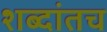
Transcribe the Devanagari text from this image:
शब्दांतच